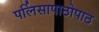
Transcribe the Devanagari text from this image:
पर्लिसापाठोपाठ